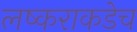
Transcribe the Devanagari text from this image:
लष्कराकडेच